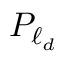
{ P _ { \ell _ { d } } }